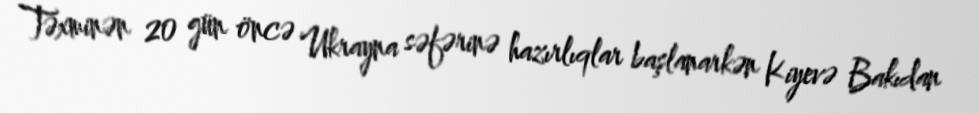
Təxminən 20 gün öncə Ukrayna səfərinə hazırlıqlar başlanarkən Kiyevə Bakıdan